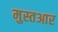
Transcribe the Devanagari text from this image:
मुस्तआर